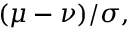
( \mu - \nu ) / \sigma ,